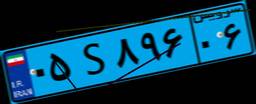
۰۵S۸۹۶۰۶